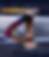
ব